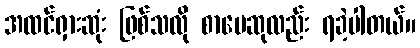
အထင်ရှားဆုံး ဖြစ်သလို စာပေဆုလည်း ရခဲ့ပါတယ်။